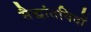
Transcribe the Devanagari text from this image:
सैद्धांतविदों